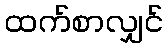
ထက်စာလျှင်